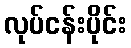
လုပ်ငန်းပိုင်း